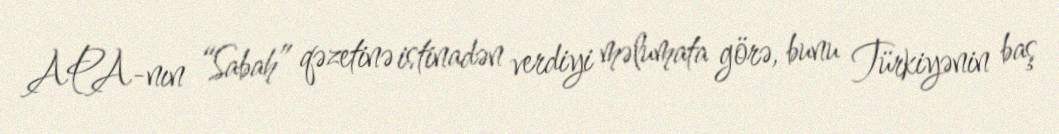
APA-nın “Sabah” qəzetinə istinadən verdiyi məlumata görə, bunu Türkiyənin baş